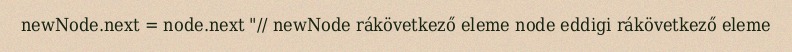
newNode.next = node.next "// newNode rákövetkező eleme node eddigi rákövetkező eleme